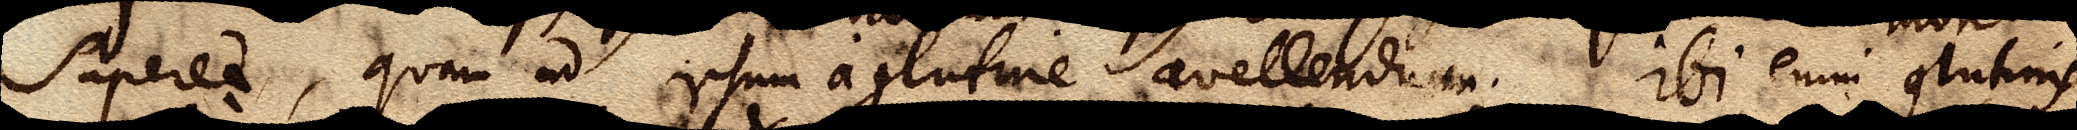
superet, quam ad ipsum a glutine avellendum. Ibi enim glutinis